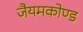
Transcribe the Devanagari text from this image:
जैयमकोण्ड